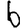
Digit: 6